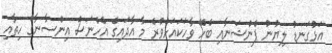
އަޅުގަނޑު ލިޔުނު ޕެންޝަނާއި ބެހޭ ވާހަކައަށްވުރެ މާ އާދައިގެ އެހެނަސް އިންސާނާގެ ހިތާއި